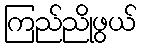
ကြည်ညိုဖွယ်